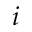
i